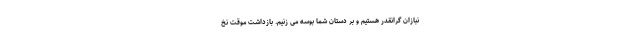
نبازان گرانقدر هستیم و بر دستان شما بوسه می زنیم. بازداشت موقت نخ